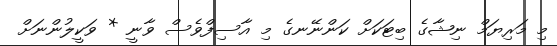
މި މަރިޔަމް ނިޝާގެ ބިޓަކަށް ކަންނޭނގެ މި އާސިފްވެސް ވާނީ * ވަކީލުންނަށް